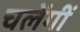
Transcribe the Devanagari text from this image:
चलेंगीं